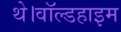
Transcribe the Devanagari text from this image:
थे।वॉल्डहाइम